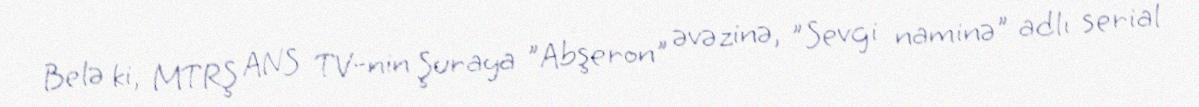
Belə ki, MTRŞ ANS TV-nin Şuraya "Abşeron" əvəzinə, "Sevgi naminə" adlı serial